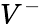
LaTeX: V^{-}